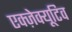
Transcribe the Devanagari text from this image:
एक्ज़ेक्यूटिव